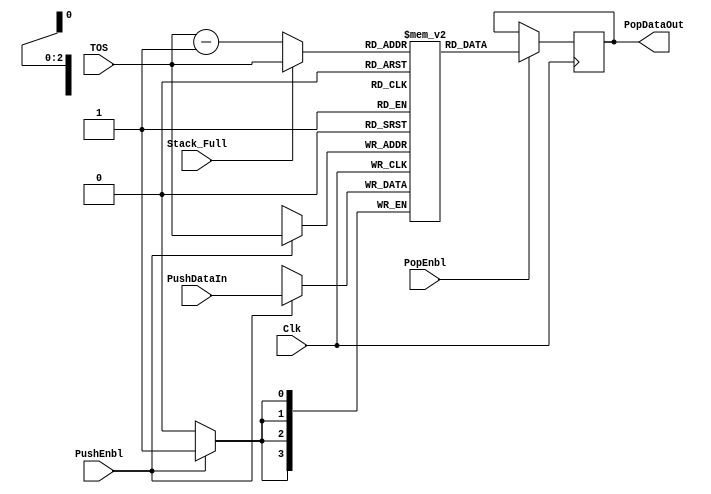
module STACK_MEM ( 
	Clk,
	PushEnbl,
	PopEnbl,
	Stack_Full,
	TOS,
	PushDataIn,
	PopDataOut
);
input		Clk,		// Clock
		PushEnbl,	// Push cmd for stack
		PopEnbl,	// Pop cmd for stack
		Stack_Full;	// Stack is full flag	

input [0:2]	TOS;

input [3:0]	PushDataIn;	// Data to be pushed into the stack 

output [3:0]	PopDataOut;	// Data popped out of the stack

reg [3:0]	PopDataOut;

reg [3:0]	Stack_Mem [0:7];

reg [0:2]	Pop_Address;

// Generate Correct Address for Pop

always @ (Stack_Full or TOS)
begin
  if (Stack_Full)
    Pop_Address = TOS;
  else
    Pop_Address = TOS - 1;
end

// Stack Memory writes; described as a set of registers (edge sensitive)

always @ (posedge Clk)
begin
  if (PushEnbl)
    Stack_Mem[TOS] <= PushDataIn;
end

// Stack Memory reads; the output is latched every clock edge

always @ (posedge Clk)
begin
  if (PopEnbl)
    PopDataOut <= Stack_Mem[Pop_Address];
end

endmodule